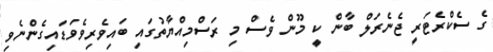
ގެ ސެކްރެޓަރީ ޖެނެރަލް ބާން ކީ މޫން ވެސް މި ރަސްމިއްޔާތުގައި ބައިވެރިވެވަޑައިގެންނެވި